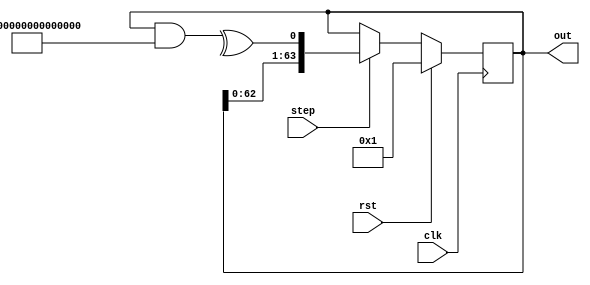
`default_nettype none
module lfsr(clk, rst, step, out);
    parameter BITS = 64;
    parameter TAPS = 64'h800000000000000d;
    parameter INIT = 64'h0000000000000001;

    input clk; input rst;
    input step;
    output reg [BITS-1:0] out;

    always @ (posedge clk) if(rst) begin
        out <= INIT;
    end else if(step) begin
        out <= {out[BITS-2:0], ^(out & TAPS)};
    end

endmodule